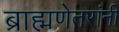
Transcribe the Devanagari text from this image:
ब्राह्मणेतरांनी